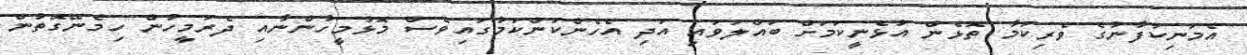
އެމަނިކުފާނުގެ ވެރިކަމާ ތޮޅެން އުޅެނީކަމަށް ބައްލަވައި އަދި އެހެންކަންކަމުގައިވެސް މޮޅުމީހުންނާއި ދެރަމީހުން ހިމެނޭގޮތުން